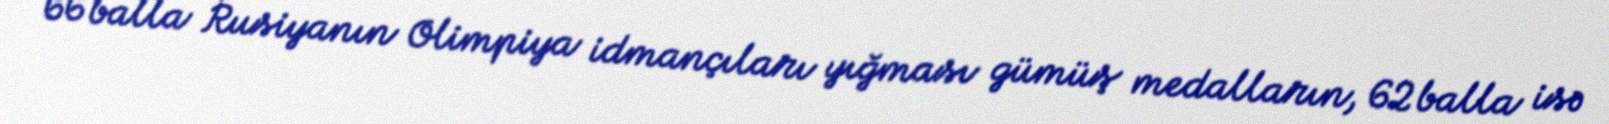
66 balla Rusiyanın Olimpiya idmançıları yığması gümüş medalların, 62 balla isə